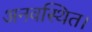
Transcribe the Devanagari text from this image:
अनवस्थित।